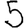
Digit: 5